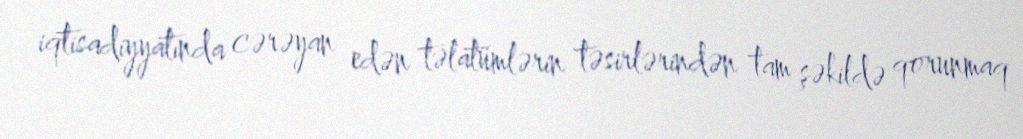
iqtisadiyyatında cərəyan edən təlatümlərin təsirlərindən tam şəkildə qorunmaq